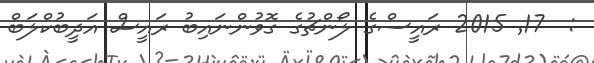
:  17